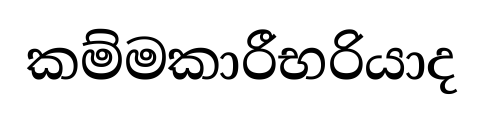
කම්මකාරීභරියාද